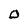
Character: 0